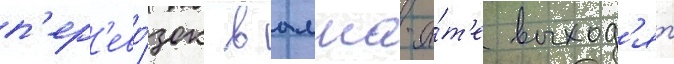
п'ер'ево́зок в алма-а́т'е выход'ят